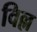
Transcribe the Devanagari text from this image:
विल्ल